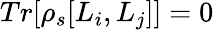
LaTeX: Tr[\rho_{s}[L_{i},L_{j}]]=0